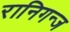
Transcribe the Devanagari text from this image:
रानिगन्ज